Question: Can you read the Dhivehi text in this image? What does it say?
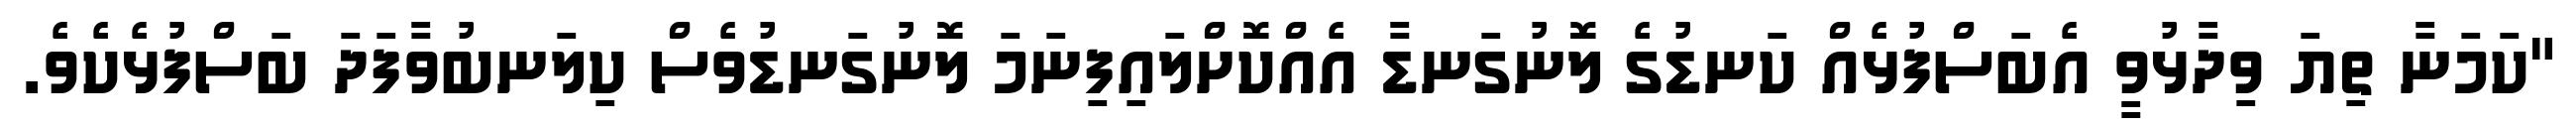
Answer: "ކަމަނާ ތިޔަ ވިދާޅުވީ އެބަސްފުޅެއް ކަނޑުގެ ލޮނުގަނޑާ އެއްކޮށްލައިފިނަމަ ލޮނުގަނޑުވެސް ކިލަނބުވާފަދަ ބަސްފުޅެކެވެ.